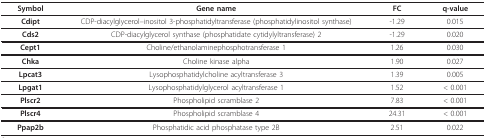
<table><thead><tr><td><b>Symbol</b></td><td><b>Gene name</b></td><td><b>FC</b></td><td><b>q-value</b></td></tr></thead><tbody><tr><td><b>Cdipt</b></td><td>CDP-diacylglycerol--inositol 3-phosphatidyltransferase (phosphatidylinositol synthase)</td><td>-1.29</td><td>0.015</td></tr><tr><td><b>Cds2</b></td><td>CDP-diacylglycerol synthase (phosphatidate cytidylyltransferase) 2</td><td>-1.29</td><td>0.020</td></tr><tr><td><b>Cept1</b></td><td>Choline/ethanolaminephosphotransferase 1</td><td>1.26</td><td>0.030</td></tr><tr><td><b>Chka</b></td><td>Choline kinase alpha</td><td>1.90</td><td>0.027</td></tr><tr><td><b>Lpcat3</b></td><td>Lysophosphatidylcholine acyltransferase 3</td><td>1.39</td><td>0.005</td></tr><tr><td><b>Lpgat1</b></td><td>Lysophosphatidylglycerol acyltransferase 1</td><td>1.52</td><td>&lt; 0.001</td></tr><tr><td><b>Plscr2</b></td><td>Phospholipid scramblase 2</td><td>7.83</td><td>&lt; 0.001</td></tr><tr><td><b>Plscr4</b></td><td>Phospholipid scramblase 4</td><td>24.31</td><td>&lt; 0.001</td></tr><tr><td><b>Ppap2b</b></td><td>Phosphatidic acid phosphatase type 2B</td><td>2.51</td><td>0.022</td></tr></tbody></table>